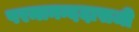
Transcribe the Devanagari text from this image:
परमानन्ददासजी